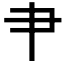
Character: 肀